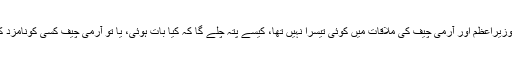
جسٹس جواد نے کہا کہ وزیرِاعظم اور آرمی چیف کی ملاقات میں کوئی تیسرا نہیں تھا، کیسے پتہ چلے گا کہ کیا بات ہوئی، یا تو آرمی چیف کسی کونامزد کریں کہ وہ آکر بیان دے۔